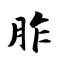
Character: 胙